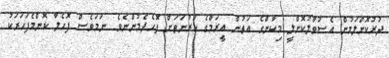
ދުރުކޮށްލަމުން އެސުވާލުކޮށްލީ މިކާންގެ އަތުން އީރަމްގެ ކަރުނަތަށް ފޮހެދެމުންނެވެ. ނަމަވެސް ފޮހެލާ ކޮންމެފަހަރަކު